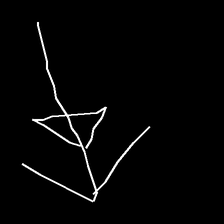
Glyph: pull